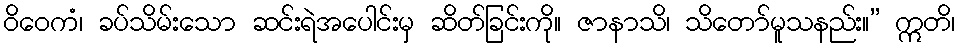
ဝိဝေကံ၊ ခပ်သိမ်းသော ဆင်းရဲအပေါင်းမှ ဆိတ်ခြင်းကို။ ဇာနာသိ၊ သိတော်မူသနည်း။” ဣတိ၊